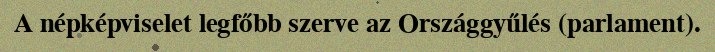
A népképviselet legfőbb szerve az Országgyűlés (parlament).